Vaccination in the Punjab 1883-1896 - 1883-1896
Year: 1883
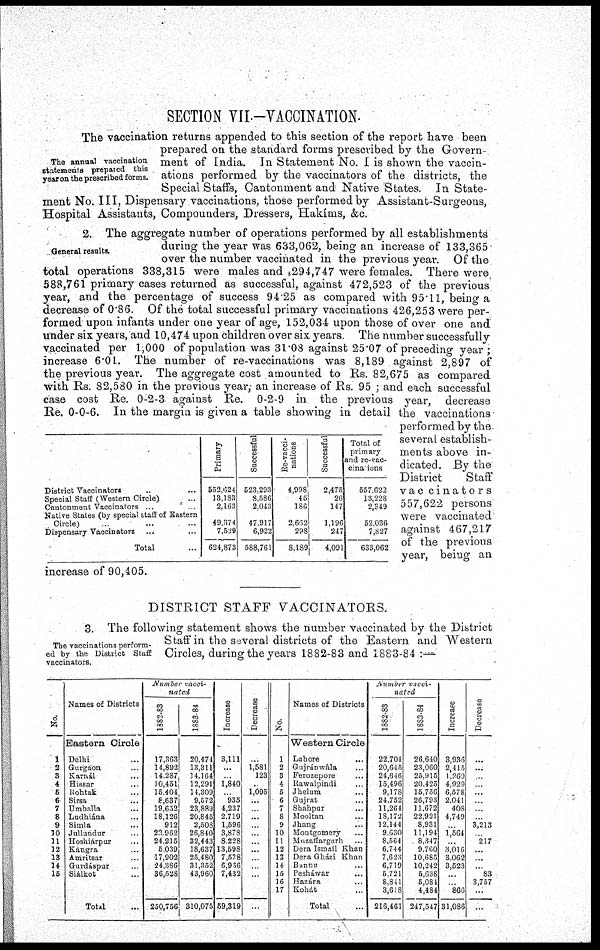
SECTION VII.— VACCINATION.
The annual vaccination
statements prepared this
year on the prescribed forms.
The vaccination returns appended to this section of the report have been
prepared on the standard forms prescribed by the Govern-
ment of India. In Statement No. I is shown the vaccin-
ations performed by the vaccinators of the districts, the
Special Staffs, Cantonment and Native States. In State-
ment No. III, Dispensary vaccinations, those performed by Assistant-Surgeons,
Hospital Assistants, Compounders, Dressers, Hakíms, &c.
General results.
District Vaccinators ... ...
Special Staff (Western Circle) ...
Cantonment Vaccinators ... ...
Native States (by special staff of Eastern
Circle) ... ... ...
Dispensary Vaccinators ... ...
Total ...
Primary
552,024
13,183
2,163
49,374
7,529
624,873
Successful
523,293
8,586
2.043
47,917
6,922
588,761
Re-vacci¬
nations
4,998
45
186
2,662
298
8,189
Successful
2,475
26
147
1,196
247
4,091
Total of
primary
and re-vac¬
cinaions
557,622
13,228
2,349
52,036
7,827
633,062
2. The aggregate number of operations performed by all establishments
during the year was 633,062, being an increase of 133,365
over the number vaccinated in the previous year. Of the
total operations 338,315 were males and 294,747 were females. There were
588,761 primary cases returned as successful, against 472,523 of the previous
year, and the percentage of success 94.25 as compared with 95.11, being a
decrease of 0.86. Of the total successful primary vaccinations 426,253 were per-
formed upon infants under one year of age, 152,034 upon those of over one and
under six years, and 10,474 upon children over six years. The number successfully
vaccinated per 1,000 of population was 31.08 against 25.07 of preceding year;
increase 6.01. The number of re-vaccinations was 8,189 against 2,897 of
the previous year. The aggregate cost amounted to Rs. 82,675 as compared
with Rs. 82,580 in the previous year, an increase of Rs. 95 ; and each successful
case cost Re. 0-2-3 against Re. 0-2-9 in the previous year, decrease
Re. 0-0-6. In the margin is given a table showing in detail the vaccinations
performed by the
several establish-
ments above in-
dicated. By the
District
Staff
vaccinators
557,622 persons
were vaccinated
against 467,217
of the previous
year, being an
increase of 90,405.
DISTRICT STAFF VACCINATORS.
The vaccinations perform-
ed by the District Staff
vaccinators.
3. The following statement shows the number vaccinated by the District
Staff in the several districts of the Eastern and Western
Circles, during the years 1882-83 and 1883-84 :—
No.
1
2
3
4
6
6
7
8
9
10
11
12
13
14
15
Names of Districts
Eastern Circle
Delhi ...
Gurgaon ...
Karnál ...
Hissar ...
Rohtak ...
Sirsa ...
Umballa ...
Ludhiána ...
Simla ...
Jullundur ...
Hoshiárpur ...
Kángra ...
Amritsar ...
Gurdáspur ...
Siálkot ...
Total ...
Number vacci-
nated
1882-83
17,363
14,892
14,287
10,451
15,404
8,637
19,652
18,126
912
22,962
24,215
5,039
17,902
24,386
36,528
250,756
1883-84
20,474
13,311
14,164
12,291
14,309
9,572
23,889
20,845
2,508
26,840
32,443
18,637
25,480
31,352
43,960
310,075
Increase
3,111
...
...
1,840
...
935
4,237
2,719
1,596
3,878
8,228
13,598
7,578
6,936
7,432
59,319
Decrease
...
1,581
123
...
1,095
...
...
...
...
...
...
...
...
...
...
...
No.
1
2
3
4
5
6
7
8
9
10
11
12
13
14
15
16
17
Names of Districts
Western Circle
Lahore ...
Gujránwála ...
Ferozepore ...
Rawalpindi ...
Jhelum ...
Gujrat ...
Shahpur ...
Mooltan ...
Jhang
...
Montgomery ...
Muzaffargarh ...
Dera Ismail Khan
Dera Gházi Khan
Bannn ...
Pesháwar ...
Hazára ...
Kohát ...
Total ...
Number vacci-
nated
1882-83
22,704
20,645
24,646
15,496
9,178
24,752
11,264
18,172
12,144
9,630
8,564
6,744
7,623
6,719
5,721
8,841
3,618
216,461
1883-84
26,640
23,060
25,915
20,425
15,756
26,793
11,672
22,921
8,931
11,194
8,347
9,760
10,685
10,242
5,638
5,081
4,484
247,547
Increase
3,936
2,415
1,269
4,929
6,578
2,041
408
4,749
...
1,564
...
3,016
3,062
3,523
...
...
866
31,086
Decrease
...
...
...
...
...
...
...
...
3,213
...
217
...
...
...
83
3,757
...
...